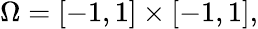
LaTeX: \Omega=[-1,1]\times[-1,1],